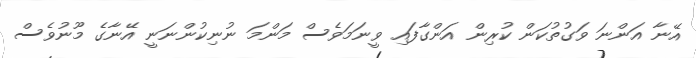
އޭނާ އަންނަ ވަގުތުކަން ކުރިން އަންގާފައި ވީނަމަވެސް މަންމަ ނުނިކުންނަނީ އޭނާގެ މޫނުވެސް